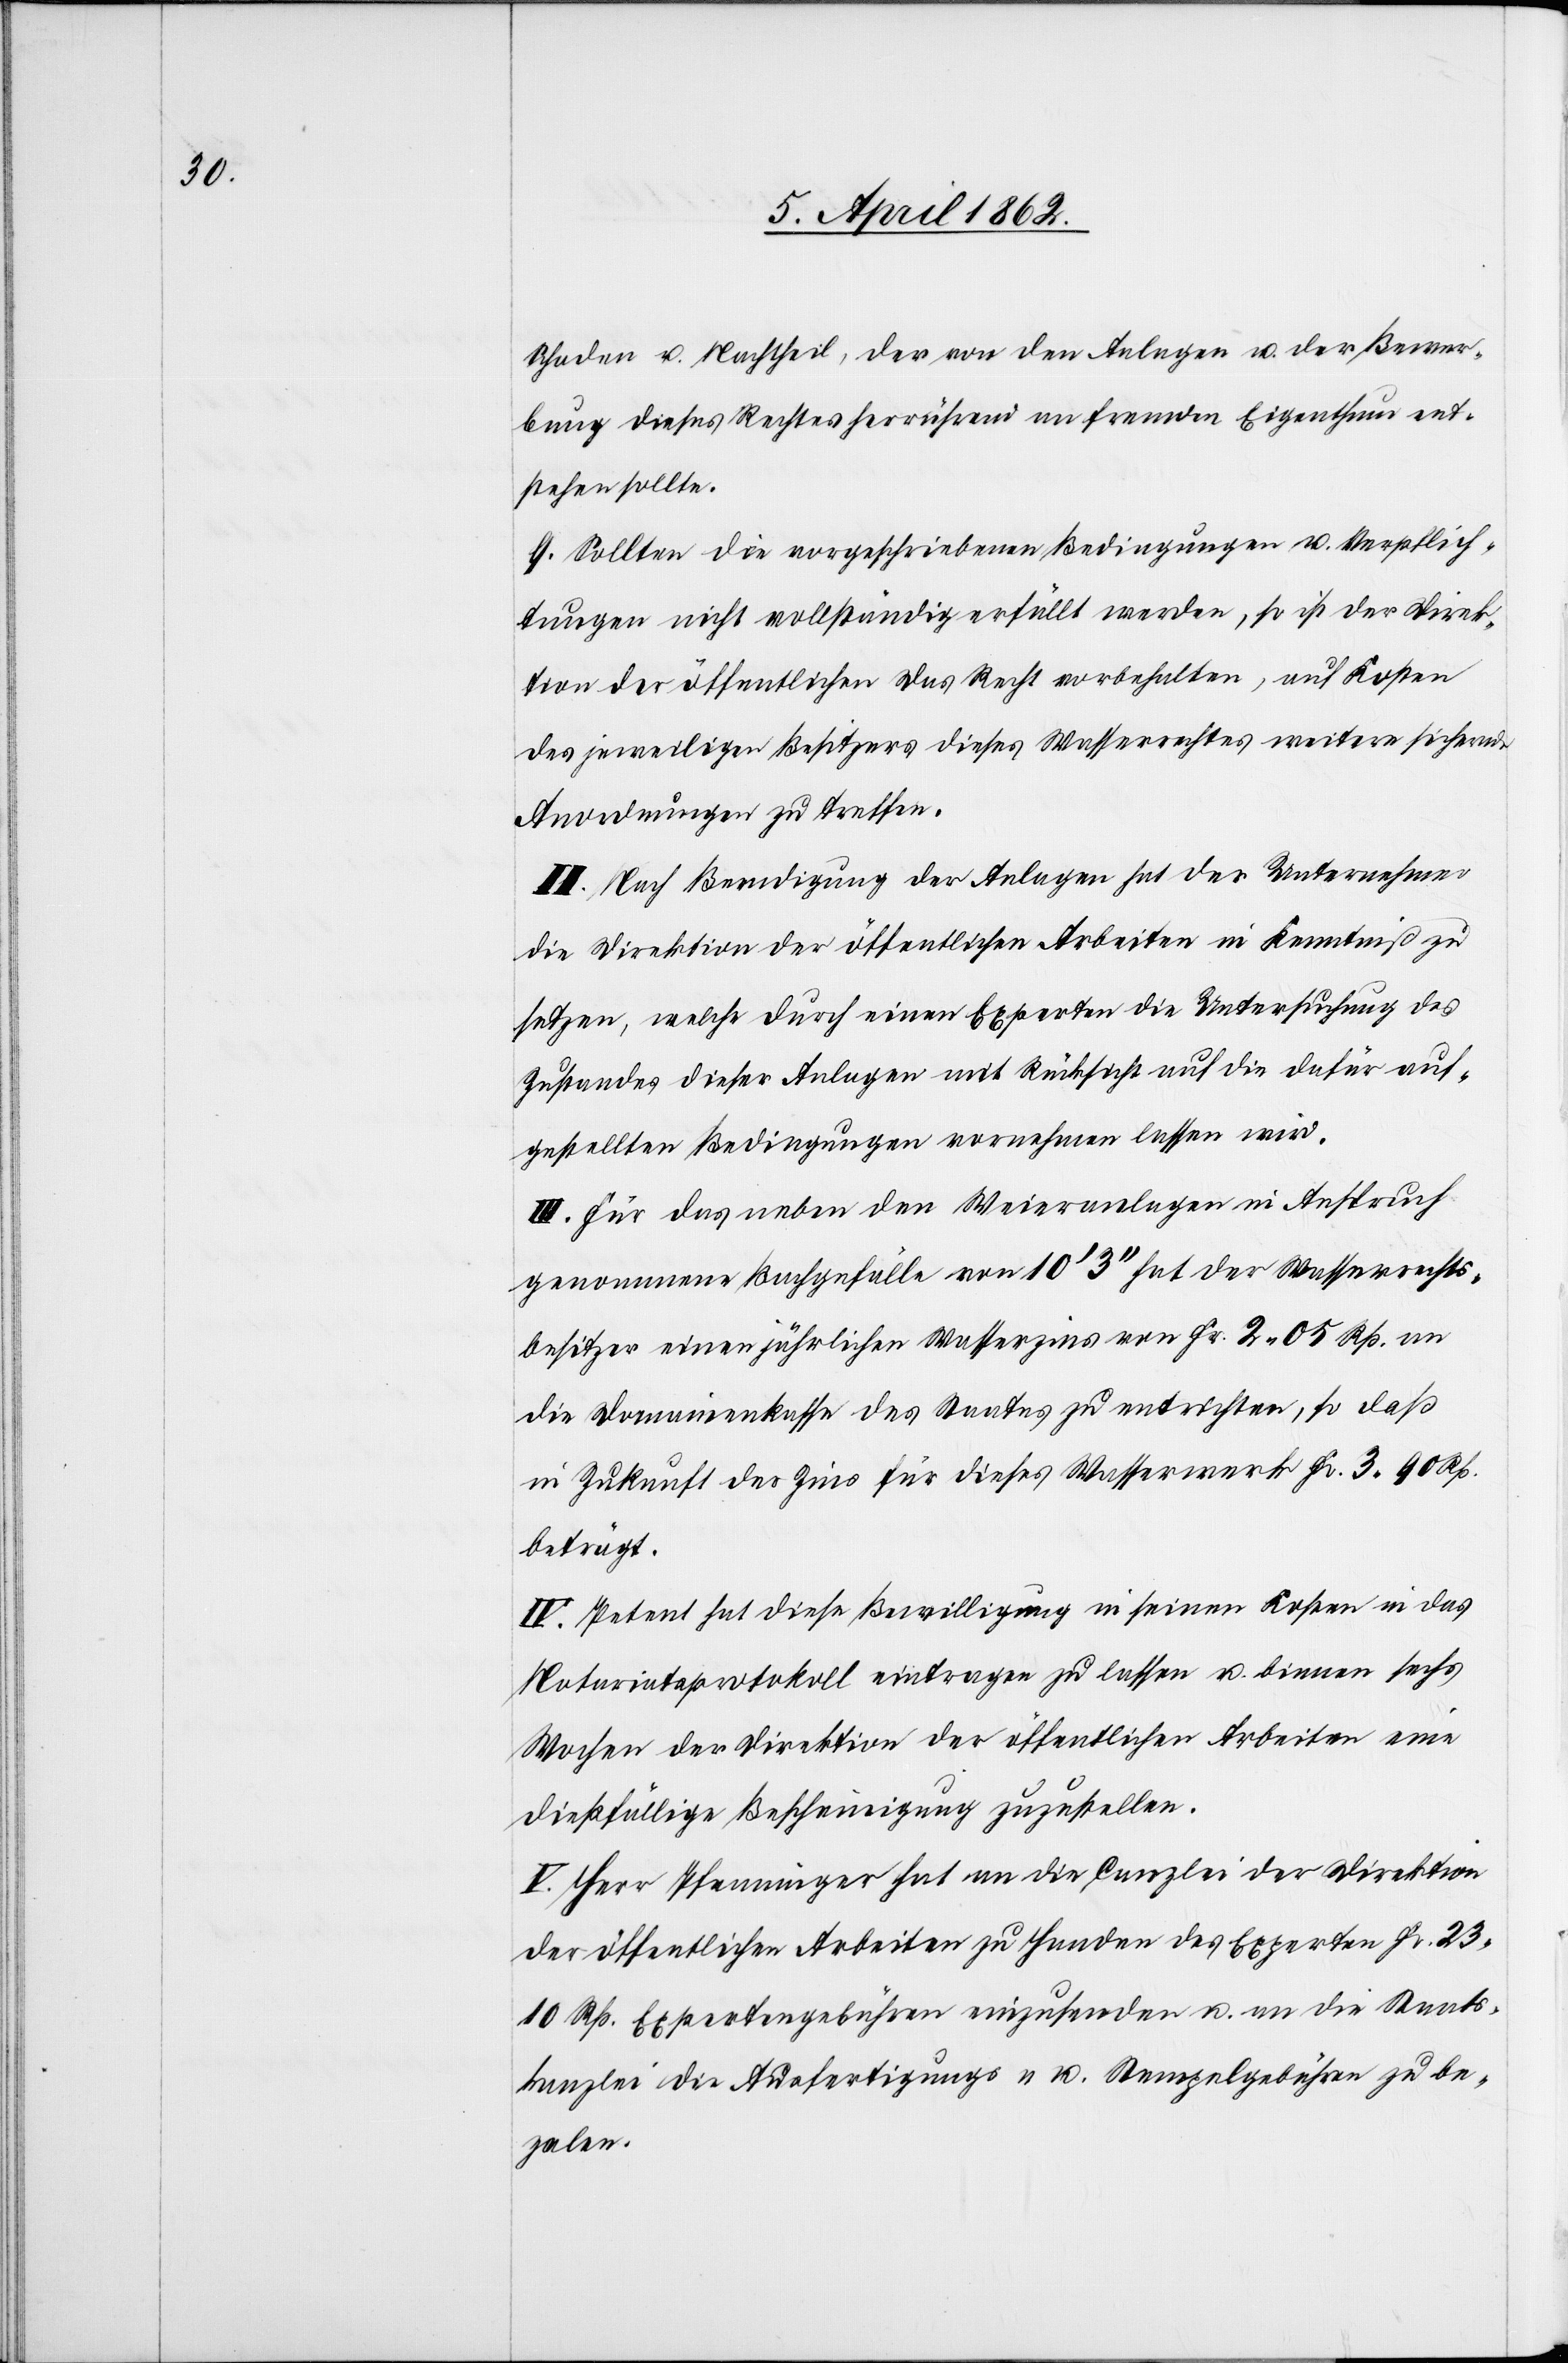
Schaden u. Nachtheil, der von den Anlagen u. der Bewer¬
bung dieses Rechtes herrührend an fremden Eigenthum ent¬
stehen sollte.
9. Sollten die Vorgeschriebenen Bedingungen u. Verpflich¬
tungen nicht vollständig erfüllt werden, so ist der Direk¬
tion der öffentlichen das Recht vorbehalten, auf Kosten
des jeweiligen Besitzers dieses Wasserrechtes weitere sichernde
Anordnungen zu treffen.
II. Nach Beendigung der Anlagen hat der Unternehmer
die Direktion der öffentlichen Arbeiten in Kenntniß zu
setzen, welche durch einen Experten die Untersuchung des
Zustandes dieser Anlagen mit Rücksicht auf die dafür auf¬
gestellten Bedingungen vornehmen lassen wird.
III. Für das neben den Weieranlagen in Anspruch
genommene Bachgefälle von 10’ 3’’ hat der Wasserrechts¬
besitzer einen jährlichen Wasserzins von Fr. 2 05 Rp. an
die Domainenkasse des Staates zu entrichten, so daß
in Zukunft der Zins für dieses Wasserwerk Fr. 3 90 Rp.
beträgt.
IV. Petent hat diese Bewilligung in seinen Kosten in das
Notariatsprotokoll eintragen zu lassen u. binnen sechs
Wochen der Direktion der öffentlichen Arbeiten eine
dießfällige Bescheinigung zuzustellen.
V. Herr Pfenninger hat an die Canzlei der Direktion
der öffentlichen Arbeiten zu Handen des Experten Fr. 23
10 Rp. Expertengebühren einzusenden u. an die Staats¬
kanzlei die Ausfertigungs- u. Stempelgebühren zu be¬
za[h]len.